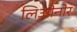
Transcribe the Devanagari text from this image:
लिओनोर